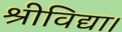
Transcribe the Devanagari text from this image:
श्रीविद्या।